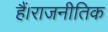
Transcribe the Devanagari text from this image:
हैं।राजनीतिक